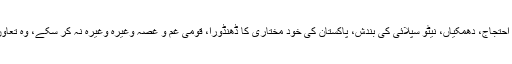
یعنی جو کام دھرنے، احتجاج، دھمکیاں، نیٹو سپلائی کی بندش، پاکستان کی خود مختاری کا ڈھنڈورا، قومی غم و غصہ وغیرہ وغیرہ نہ کر سکے، وہ تعاون کی اپیل نے کر دیا۔